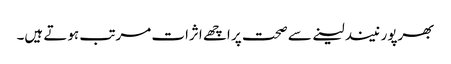
بھرپور نیند لینے سے صحت پر اچھے اثرات مرتب ہوتے ہیں۔